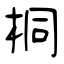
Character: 桐